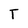
Character: T